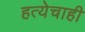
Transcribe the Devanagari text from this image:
हत्येचाही